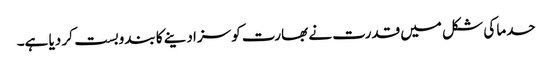
حدما کی شکل میں قدرت نے بھارت کو سزا دینے کا بندوبست کر دیا ہے۔